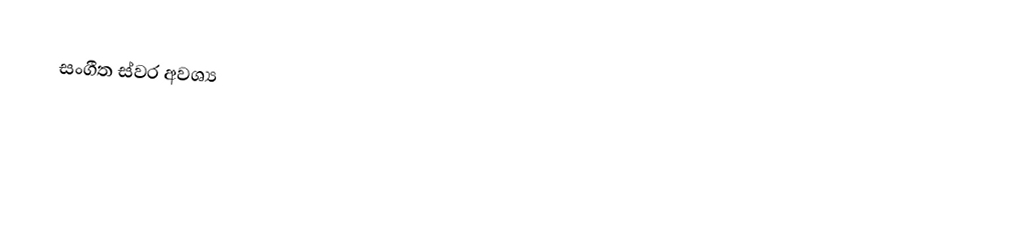
සංගීත ස්වර අවශ්‍ය